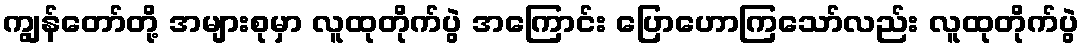
ကျွန်တော်တို့ အများစုမှာ လူထုတိုက်ပွဲ အကြောင်း ပြောဟောကြသော်လည်း လူထုတိုက်ပွဲ